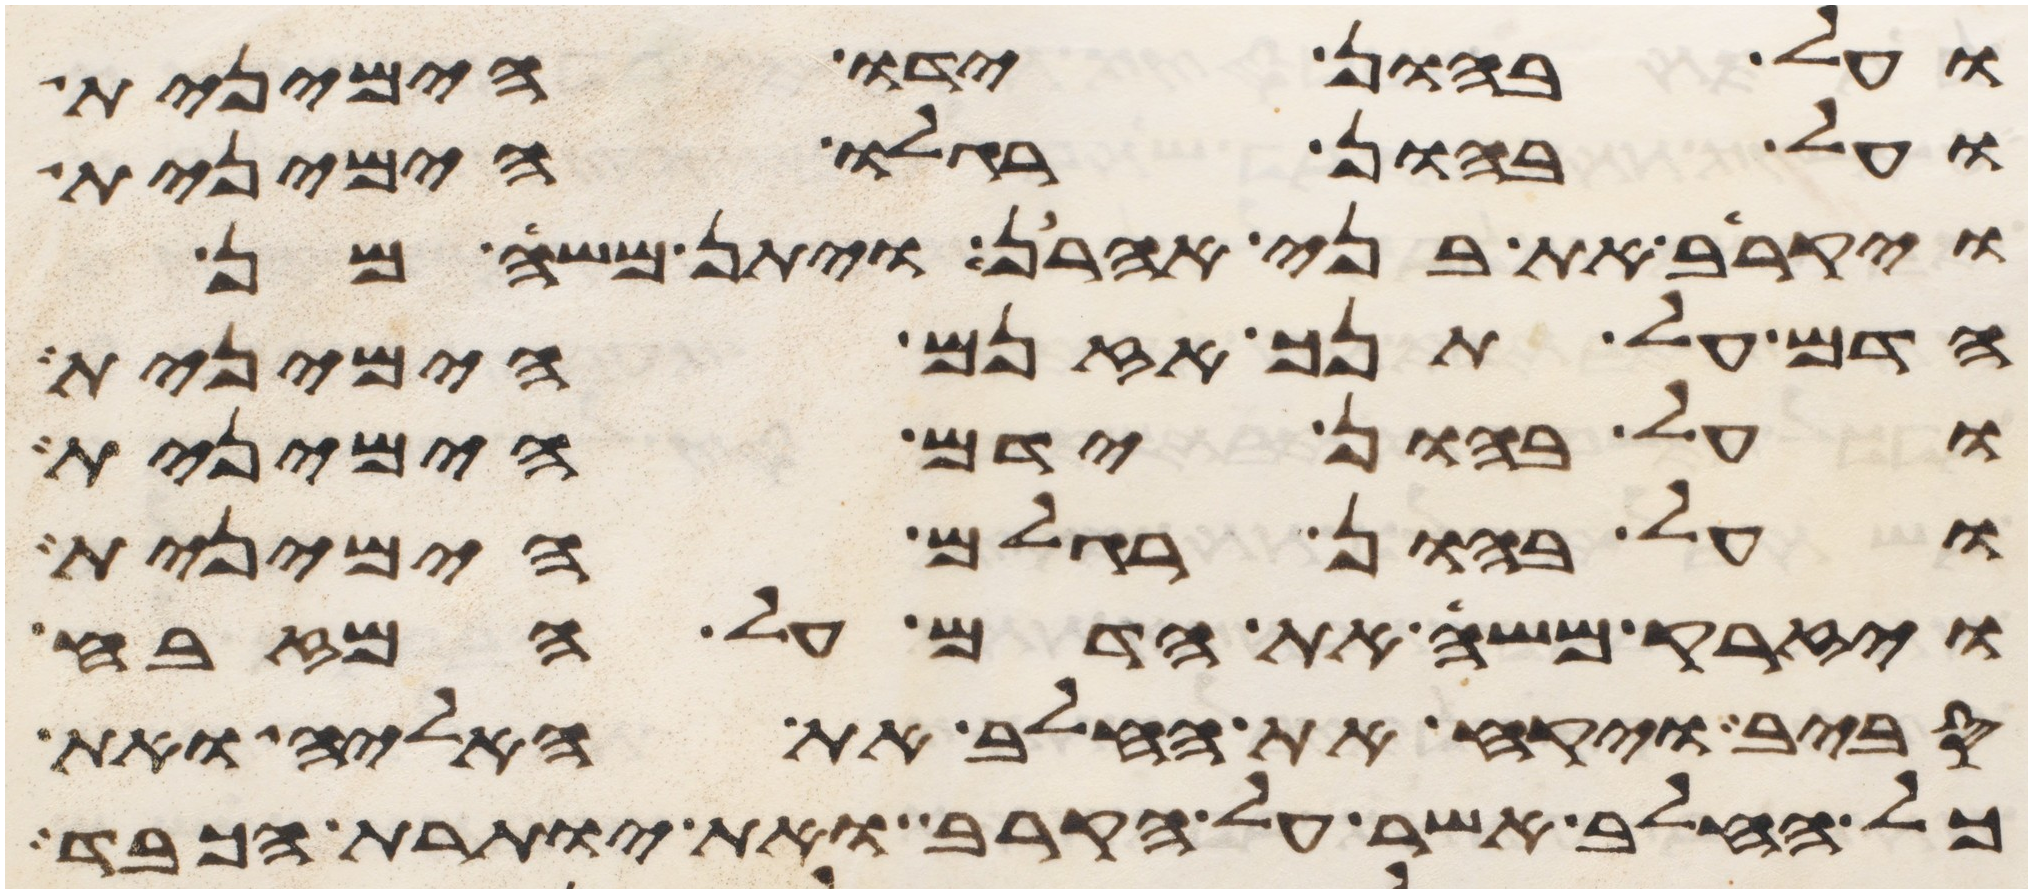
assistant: ועל בהון ידו הימנית
ועל בהון רגלו הימנית
ויקריב את בני אהרן ויתן משה מן
הדם על תנך אזנם הימנית
ועל בהון ידם הימנית
ועל בהון רגלם הימנית
ויזרק משה את הדם על המזבח
סביב ויקח את החלב את האליה ואת
כל החלב אשר על הקרב ואת יותרת הכבד